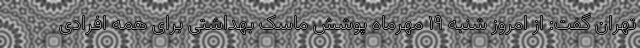
تهران گفت: از امروز شنبه ۱۹ مهرماه پوشش ماسک بهداشتی برای همه افرادی